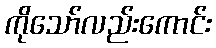
ကိုသော်လည်းကောင်း